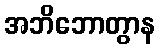
အဘိဘောတွာန